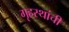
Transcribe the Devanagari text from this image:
गृहस्थांची